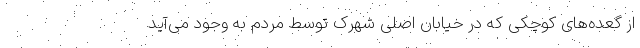
از گعده‌های کوچکی که در خیابان اصلی شهرک توسط مردم به وجود می‌آید